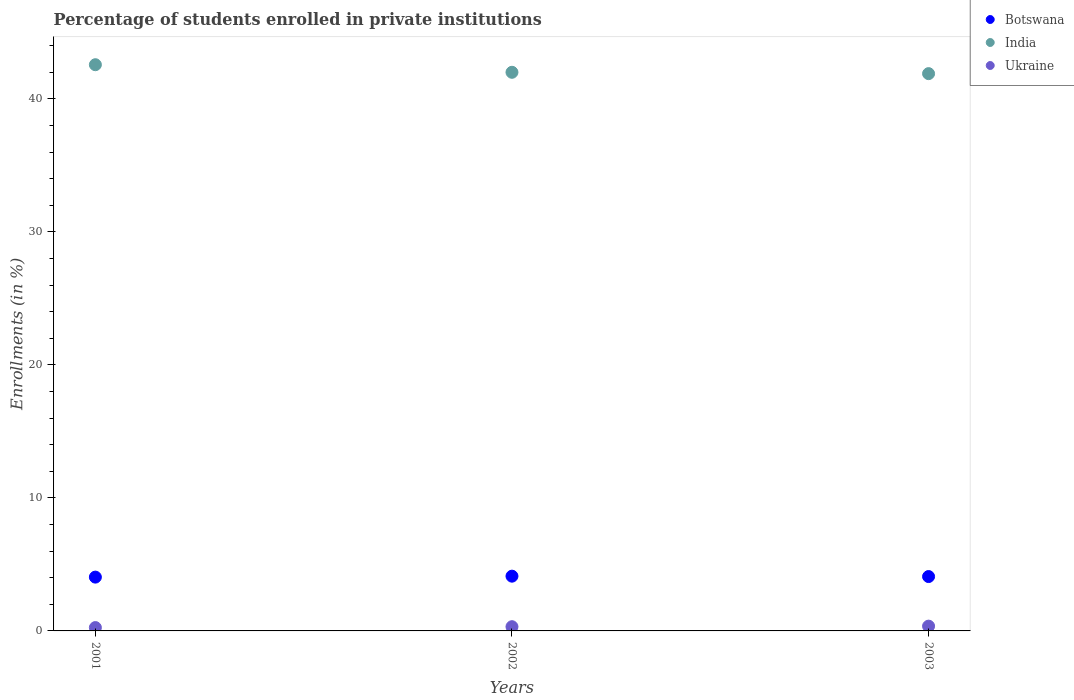
| Years | Botswana | India | Ukraine |
 | --- | --- | --- | --- |
 | 2001 | 4.04 | 42.6 | 0.251 |
 | 2002 | 4.12 | 42 | 0.317 |
 | 2003 | 4.09 | 41.9 | 0.359 |